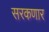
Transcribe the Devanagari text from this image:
सरकणार